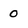
Character: 0